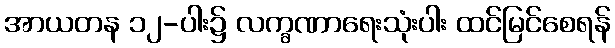
အာယတန ၁၂-ပါး၌ လက္ခဏာရေးသုံးပါး ထင်မြင်စေရန်